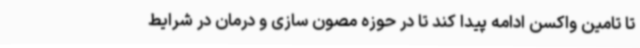
تا تامین واکسن ادامه پیدا کند تا در حوزه مصون سازی و درمان در شرایط